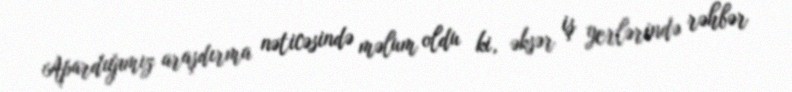
Apardığımız araşdırma nəticəsində məlum oldu ki, əksər iş yerlərində rəhbər